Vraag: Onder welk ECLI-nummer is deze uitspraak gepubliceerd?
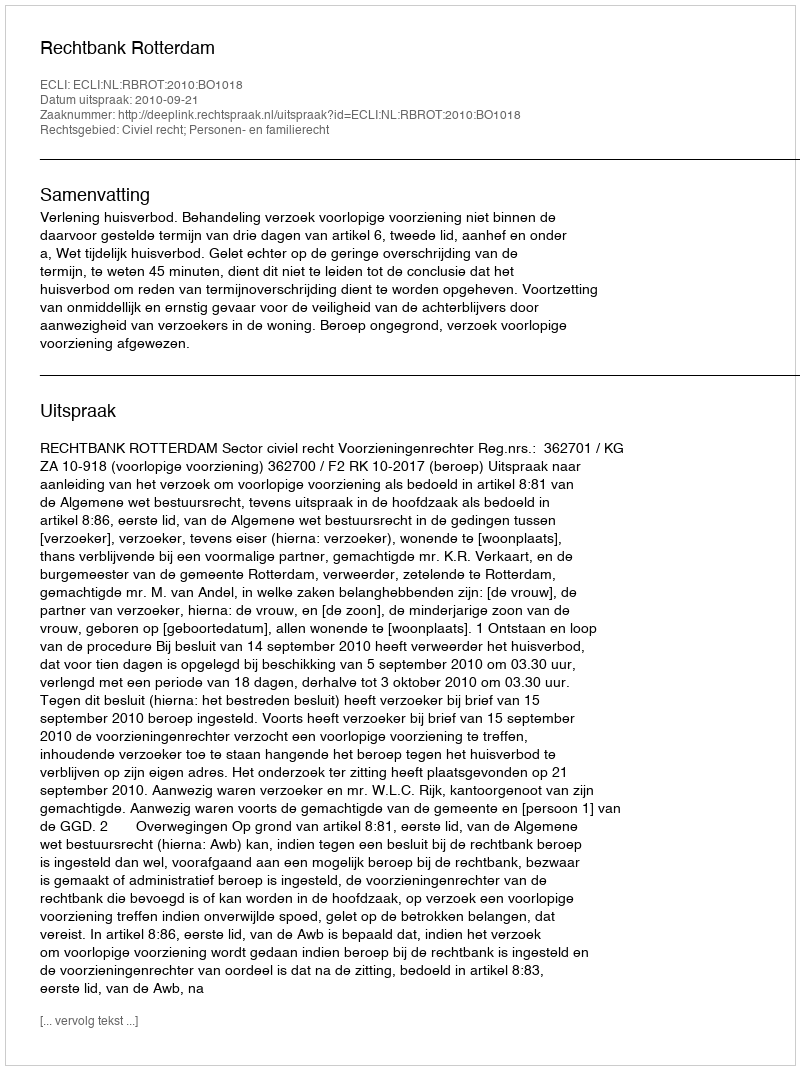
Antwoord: ECLI:NL:RBROT:2010:BO1018